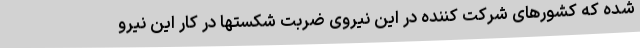
شده که کشورهای شرکت کننده در این نیروی ضربت شکستها در کار این نیرو